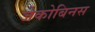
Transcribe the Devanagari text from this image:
जेकोबिनस